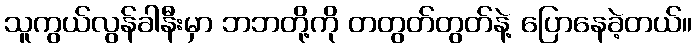
သူကွယ်လွန်ခါနီးမှာ ဘဘတို့ကို တတွတ်တွတ်နဲ့ ပြောနေခဲ့တယ်။